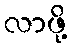
လာဖို့